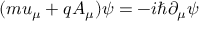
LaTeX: ( m u _ { \mu } + q A _ { \mu } ) \psi = - i \hbar \partial _ { \mu } \psi